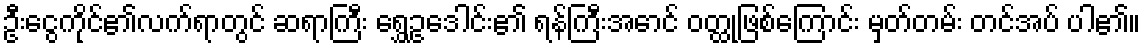
ဦးငွေကိုင်၏လက်ရာတွင် ဆရာကြီး ရွှေဥဒေါင်း၏ ရန်ကြီးအောင် ဝတ္ထုဖြစ်ကြောင်း မှတ်တမ်း တင်အပ် ပါ၏။